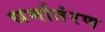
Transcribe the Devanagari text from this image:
धर्मातंरण